Vaccination North-Western Provinces and Oudh 1896-1901 - 1896-1901
Year: 1896
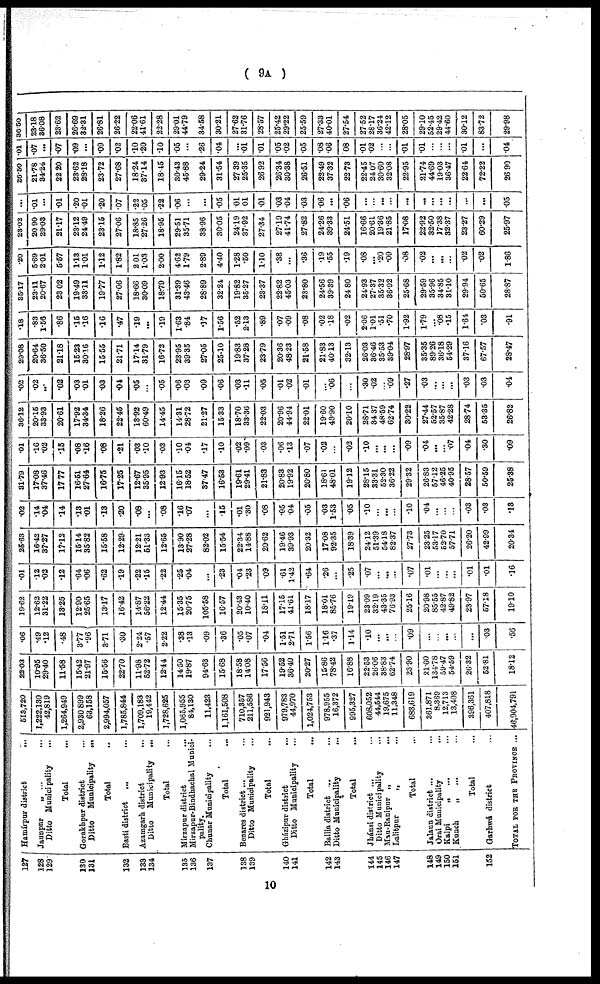
( 9A )
127
128
129
130
131
132
133
134.
135
136
137
138
139
140
141
142
143
144
145
146
147
148
149
150
151
152
Hamírpur district
...
Jaunpur „ ...
Ditto Municipality ...
Total ...
Gorakhpur district ...
Ditto
Municipality
...
Total ...
Basti district
...
...
Azamgarh district
...
Ditto Municipality
...
Total ...
Mirzapur district
...
Mirzapur-Bindhachal Munici-
pality.
Chanar Municipality ...
Total
Benares district ...
Ditto Municipality ...
Total ...
Gházipur district ...
Ditto Municipality ...
Total ...
Ballia district ...
Ditto Municipality
...
Total ...
Jhánsi district ...
Ditto Municipality ...
Mau-Ranipnr „
...
Lalitpur
„ ...
Total ...
Jalaun district ...
Orai Municipality ...
Kalpi „ ... ...
Kunch
„
... ...
Total ...
Garhwál district
TOTAL FOR THE PROVINCE ...
513,720
1,222,130
42,819
1,264,949
2,930 899
63,158
2,994,057
1,785,844
1,709,183
19,442
1,728,625
1,065,955
84,130
11,423
1,161,508
710,357
211,586
921,943
979,783
44,970
1,024,753
978,955
16,372
995,327
608,052
44,544
19,675
11,348
683,619
361,871
8,369
12,713
13,408
396,361
407,818
46,904,791
22.03
10.95
29.40
11.58
15.42
21.97
15.56
22.70
11.98
52.72
12.44
14.50
19.87
94.63
15.68
18.58
14.08
17.56
19.52
36.40
20.27
15.86
78.42
16.88
22.53
26.06
38.83
62.74
23.90
21.60
134.78
59.47
54.59
26.32
52.81
18.12
.06
.49
.12
.48
3.77
.96
3.71
.30
2.24
.57
2.22
.38
.13
.09
.36
.05
.07
.04
1.51
2.71
1.56
116
.37
1.14
.10
...
...
...
.09
...
...
...
...
...
.03
.56
19.62
12.62
31.22
13.25
12.90
25.65
13.17
16.42
14.87
56.22
12.44
15.35
20.75
105.58
16.57
20.43
10.40
18.11
17.15
41.61
18.17
18.01
85.76
19.19
23.09
32.19
43.35
76.93
25.16
20.98
85.55
42.87
49.82
23.97
57.18
19.10
.01
.12
.02
.12
.64
.06
.62
.19
.22
.15
.22
.25
.04
...
.23
.04
.23
.09
.61
1.42
.64
.26
...
.25
.07
...
...
...
.07
.01
...
...
...
.01
.01
.16
25.63
16.42
37.27
17.12
15.14
35.82
15.58
12.29
12.21
51.33
12.65
13.90
27.28
82.02
15.54
22.34
14.88
20.62
19.46
39.93
20.32
17.08
92.35
18.39
24.12
51.39
54.18
82.37
27.73
23.25
53.17
62.70
57.71
26.20
42.99
20.34
.02
.14
.04
.14
.13
.01
.13
.20
.08
...
.08
.16
.07
...
.15
.01
.30
.08
.05
04
.05
.03
1.53
.05
.10
...
...
...
.10
.04
...
...
...
.03
.03
.13
81.79
17.08
37.46
17.77
16.51
27.64
16.75
17.25
12.67
35.95
12.93
16.15
18.52
37.47
16.53
19.61
29.41
21.83
20.83
19.92
20.80
18.61
48.01
19.12
28.15
33.31
52.30
36.22
29.32
26.83
57.12
46.25
40.95
28.57
50.59
25.88
.01
.16
.02
.15
.08
.16
.08
.21
.03
.10
.03
.10
.04
.17
.10
.02
.09
03
.06
.13
.07
.02
...
.02
.10
...
...
...
.09
.04
...
...
.07
.04
.30
.09
36.12
20.15
33.93
20.61
17.92
34.34
18.26
22.45
13.92
60.49
14.45
14.31
28.72
21.27
15.33
18.70
33.36
22.03
20.96
44.94
22.01
19.60
49.90
20.10
28.71
34 37
48.59
62.74
30.22
27.44
52.57
35.87
42.28
28.74
53.35
26.82
.02
.02
...
.02
.03
.01
.03
.04
.05
...
.05
.06
.03
.09
.06
.03
.11
.05
.01
.02
.01
.06
...
.30
.02
...
.09
.27
.03
...
...
...
.03
.03
.04
29.08
20.64
36.50
21.18
15.23
30.16
15.55
21.71
17.14
31.79
16.72
23.95
39.35
27.05
25.10
19.83
37.28
23.79
20.36
48.23
21.58
21.83
40.13
32.13
26.03
36.46
35.53
39.04
28.97
35.35
89.26
36.18
54.29
37.16
67.57
28.47
.18
.83
1.56
.86
.15
.16
.16
.47
.19
...
.19
1.63
.84
.17
1.56
.52
2.13
.89
.07
.09
.08
.02
.18
.02
2.06
1.01
.51
.70
1.92
1.79
...
.08
.15
1.64
.03
.91
85.17
23.11
20.67
23.02
19.49
33.11
19.77
27.06
18.66
30.09
18.79
31.39
43.46
28.89
32.24
19.82
35.27
23.37
22.82
45.03
23.80
24.56
39.39
24 80
24.93
27.37
35.32
36.92
25.68
29.59
35.96
34.85
31.10
29.94
50.65
28.87
.20
5.69
201
5.57
1.13
1.01
1.12
1.82
2.01
1.03
2.00
4.62
1.79
2.89
4.40
1.28
.50
1.10
.38
...
.36
.19
.55
.19
.08
...
.20
.09
.08
.02
...
...
...
.02
.02
1.86
23.02
20.90
29.03
21.17
23.12
24.49
23.15
27.06
18.85
27.26
18.95
29.51
35.71
38.96
30.05
24.19
37.92
27.34
27.19
41.74
27.82
24.26
39.33
24.51
16.66
20.61
19.36
21.85
17.08
22.92
32.50
17.38
32.37
23.27
60.29
25.97
...
.01
...
.01
.20
.01
.20
07
.22
.05
.22
06
...
...
.05
.01
.01
.01
.03
.04
.03
.06
...
.06
...
...
...
...
...
...
...
...
...
...
...
.05
26.60
21.78
34.24
22.20
23.62
28.18
23.72
27.68
18.24
37.14
18.45
30.43
45.88
29.24
31.54
27.39
25.35
26.92
26.34
30.38
26.51
22.49
37.32
22 73
22.45
24.07
30.60
32.08
22.95
21.74
44.69
19.03
36.47
22.64
72.22
26.90
.01
.07
...
.07
.09
...
.09
.02
.10
.20
.10
05
...
.26
.04
...
.01
.01
.05
.02
.05
.08
.06
.08
.01
.02
...
...
.01
.01
...
...
...
.01
...
04
36.50
23.18
36.08
23.62
26.69
32.31
26.81
26.22
22.06
41.61
22.28
29.01
44.79
34.58
30.21
27.62
31.76
28.57
25.42
29.22
25.59
27.33
40.01
27.54
27.52
28.17
36.24
42.12
28.05
29.10
52.45
29.42
44.60
30.12
83.72
29.98
10